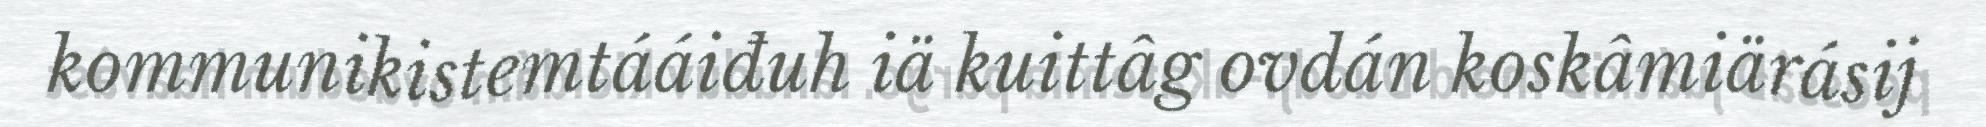
kommunikistemtááiđuh iä kuittâg ovdán koskâmiärásij